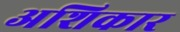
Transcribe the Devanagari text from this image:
अशिकार